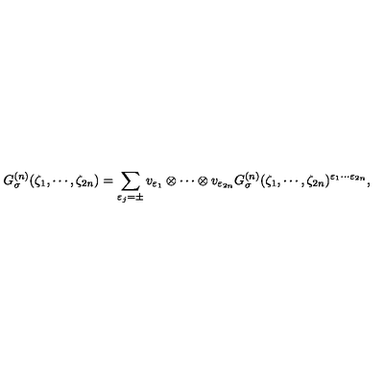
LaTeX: G _ { \sigma } ^ { ( n ) } ( \zeta _ { 1 } , \cdots , \zeta _ { 2 n } ) = \sum _ { \varepsilon _ { j } = \pm } v _ { \varepsilon _ { 1 } } \otimes \cdots \otimes v _ { \varepsilon _ { 2 n } } G _ { \sigma } ^ { ( n ) } ( \zeta _ { 1 } , \cdots , \zeta _ { 2 n } ) ^ { \varepsilon _ { 1 } \cdots \varepsilon _ { 2 n } } ,